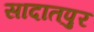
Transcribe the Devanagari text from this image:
सादातपुर